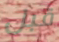
قبل